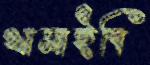
থামাইবি